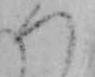
つ